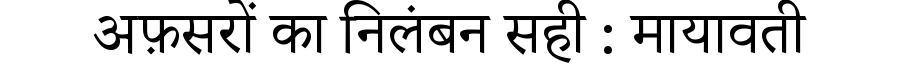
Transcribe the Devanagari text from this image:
अफ़सरों का निलंबन सही : मायावती